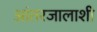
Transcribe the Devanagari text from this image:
आंतरजालाशी